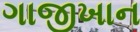
ગાજીખાન